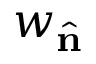
w _ { \hat { \mathbf { n } } }